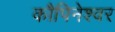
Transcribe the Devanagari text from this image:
कौपिनेश्वर